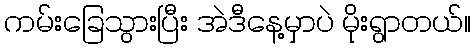
ကမ်းခြေသွားပြီး အဲဒီနေ့မှာပဲ မိုးရွာတယ်။